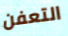
التعفن